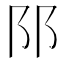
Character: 𨸙